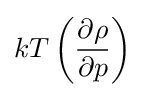
kT\left({\frac {\partial \rho }{\partial p}}\right)